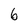
Character: 6